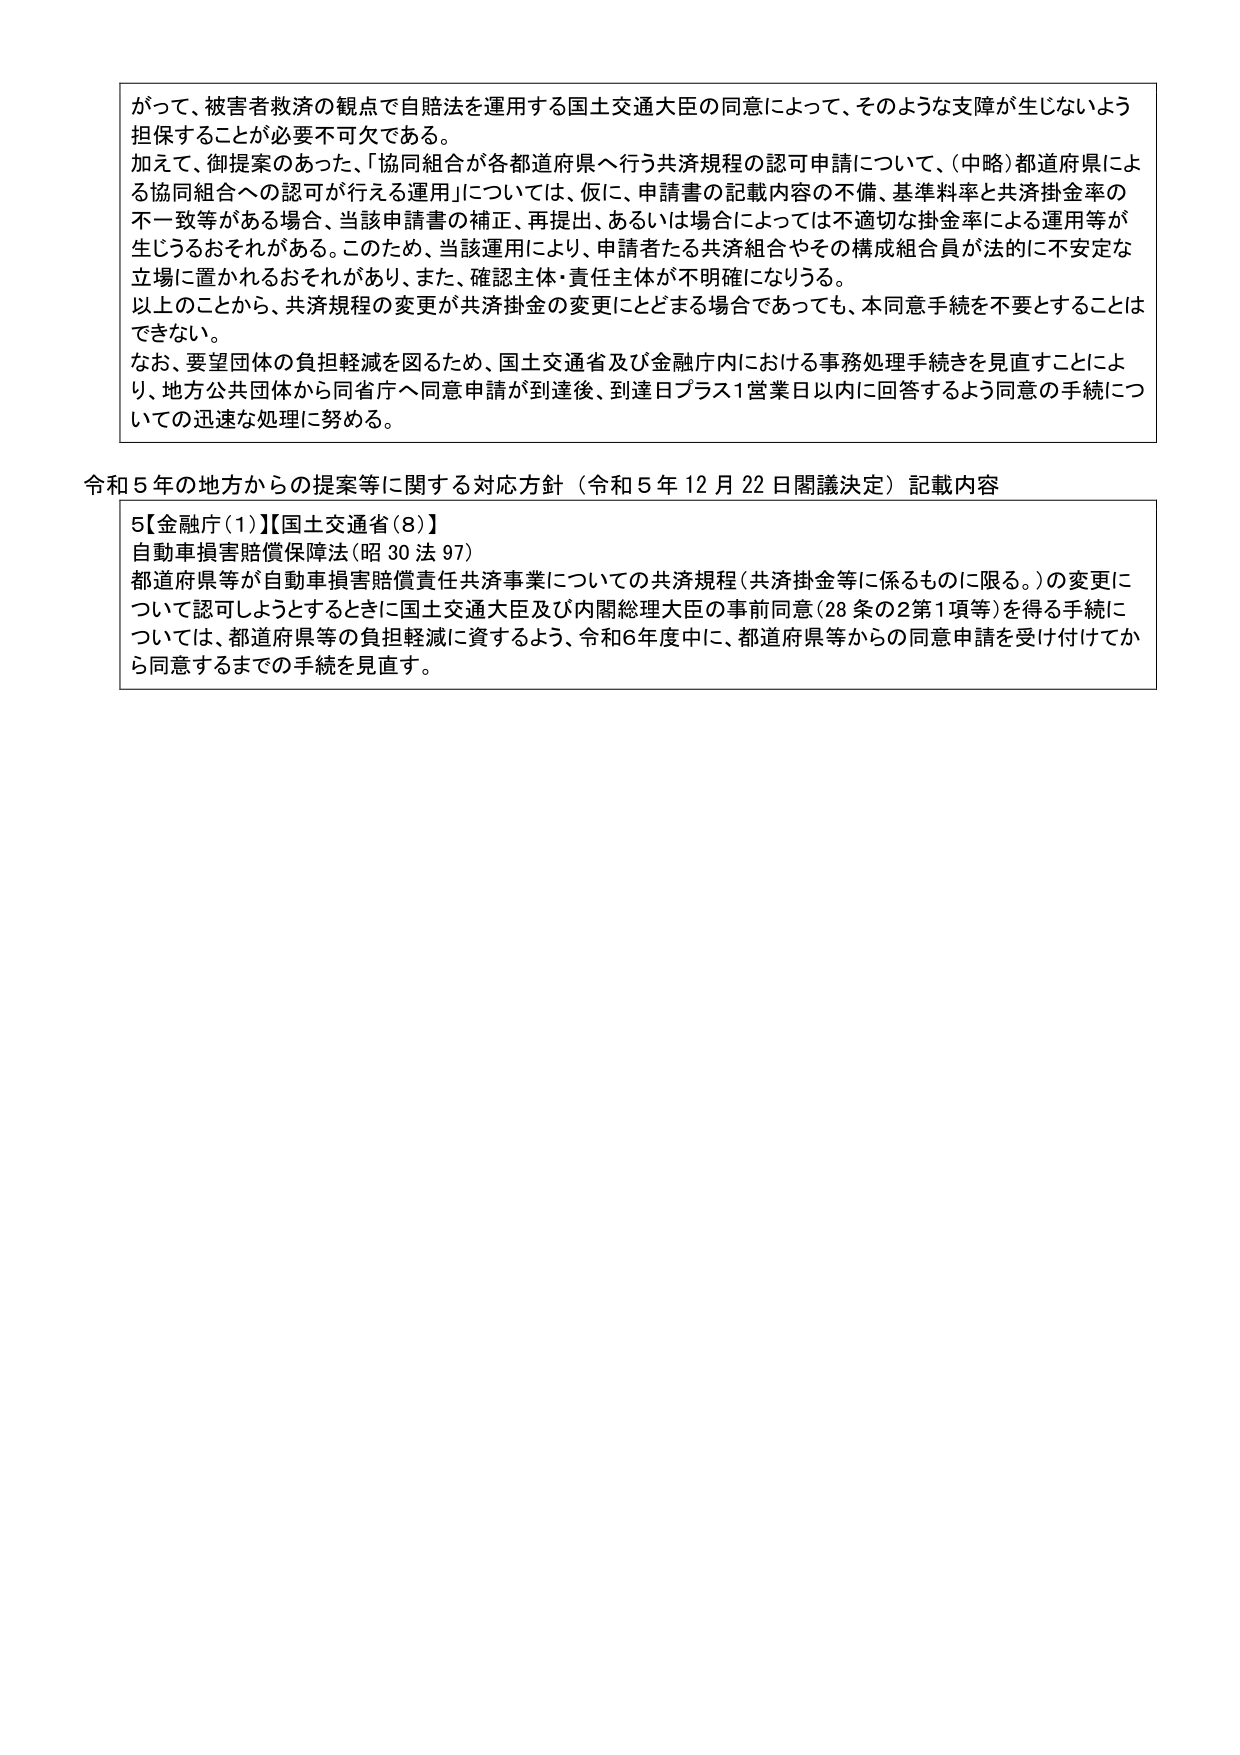
がって、被害者救済の観点で自賠法を運用する国土交通大臣の同意によって、そのような支障が生じないよう担保することが必要不可欠である。
加えて、御提案のあった、「協同組合が各都道府県へ行う共済規程の認可申請について、（中略）都道府県による協同組合への認可が行える運用」については、仮に、申請書の記載内容の不備、基準料率と共済掛金率の不一致等がある場合、当該申請書の補正、再提出、あるいは場合によっては不適切な掛金率による運用等が生じうるおそれがある。このため、当該運用により、申請者たる共済組合やその構成組合員が法的に不安定な立場に置かれるおそれがあり、また、確認主体・責任主体が不明確になりうる。
以上のことから、共済規程の変更が共済掛金の変更にとどまる場合であっても、本同意手続を不要とすることはできない。
なお、要望団体の負担軽減を図るため、国土交通省及び金融庁内における事務処理手続きを見直すことにより、地方公共団体から同省庁へ同意申請が到達後、到達日プラス1営業日以内に回答するよう同意の手続についての迅速な処理に努める。

令和５年の地方からの提案等に関する対応方針（令和５年12月22日閣議決定）記載内容

5【金融庁（1）】【国土交通省（8）】
自動車損害賠償保障法（昭30法97）
都道府県等が自動車損害賠償責任共済事業についての共済規程（共済掛金等に係るものに限る。）の変更について認可しようとするときに国土交通大臣及び内閣総理大臣の事前同意（28条の2第1項等）を得る手続については、都道府県等の負担軽減に資するよう、令和6年度中に、都道府県等からの同意申請を受け付けてから同意するまでの手続を見直す。